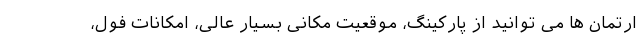
ارتمان ها می توانید از پارکینگ، موقعیت مکانی بسیار عالی، امکانات فول،